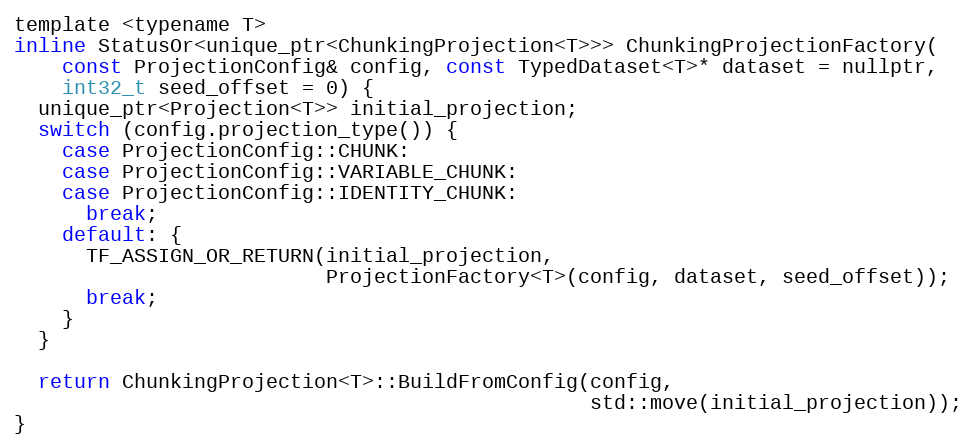
Language: C
template <typename T>
inline StatusOr<unique_ptr<ChunkingProjection<T>>> ChunkingProjectionFactory(
    const ProjectionConfig& config, const TypedDataset<T>* dataset = nullptr,
    int32_t seed_offset = 0) {
  unique_ptr<Projection<T>> initial_projection;
  switch (config.projection_type()) {
    case ProjectionConfig::CHUNK:
    case ProjectionConfig::VARIABLE_CHUNK:
    case ProjectionConfig::IDENTITY_CHUNK:
      break;
    default: {
      TF_ASSIGN_OR_RETURN(initial_projection,
                          ProjectionFactory<T>(config, dataset, seed_offset));
      break;
    }
  }

  return ChunkingProjection<T>::BuildFromConfig(config,
                                                std::move(initial_projection));
}